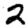
Digit: 2